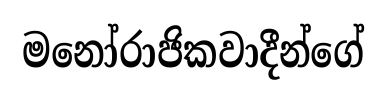
මනෝරාජිකවාදීන්ගේ